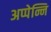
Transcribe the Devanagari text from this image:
अप्पेन्नि